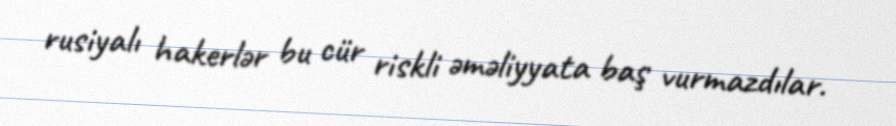
rusiyalı hakerlər bu cür riskli əməliyyata baş vurmazdılar.